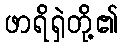
ဖာရိရှဲတို့၏